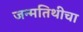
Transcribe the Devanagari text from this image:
जन्मतिथीचा